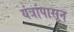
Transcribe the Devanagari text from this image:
यंत्रांपासून